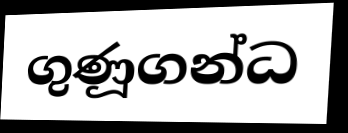
ගුණූගන්ධ